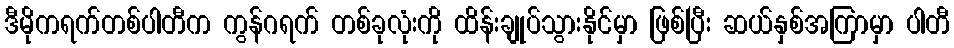
ဒီမိုကရက်တစ်ပါတီက ကွန်ဂရက် တစ်ခုလုံးကို ထိန်းချုပ်သွားနိုင်မှာ ဖြစ်ပြီး ဆယ်နှစ်အကြာမှာ ပါတီ